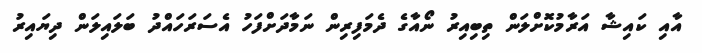
އާއި ކައިޝާ އަރާމުކޮށްލަން ތިބިއިރު ނޯއާގެ ދެމަފިރިން ނަމާދަށްފަހު އެސަރަހައްދު ބަލައިލަން ދިޔައިރު